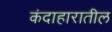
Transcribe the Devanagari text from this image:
कंदाहारातील